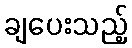
ချပေးသည့်